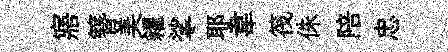
寤簪美糴挲耶韋筏侏陪忠